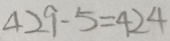
4 2 9 - 5 = 4 2 4